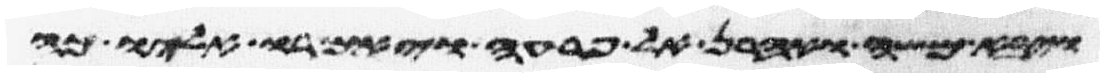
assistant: ויבא משה ואהרן אל פרעה ויאמרו אליו כה